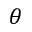
\theta